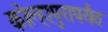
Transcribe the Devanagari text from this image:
कोल्हापुरापर्यंत